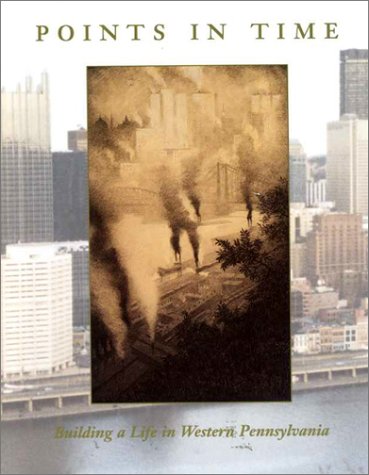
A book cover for Points In Time: Building a Life in Western Pennsylvania; Paul Roberts; Travel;